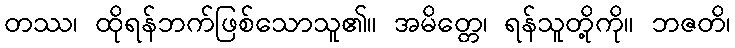
တဿ၊ ထိုရန်ဘက်ဖြစ်သောသူ၏။ အမိတ္တေ၊ ရန်သူတို့ကို။ ဘဇတိ၊